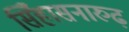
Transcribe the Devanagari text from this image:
सिँहासनारुढ़